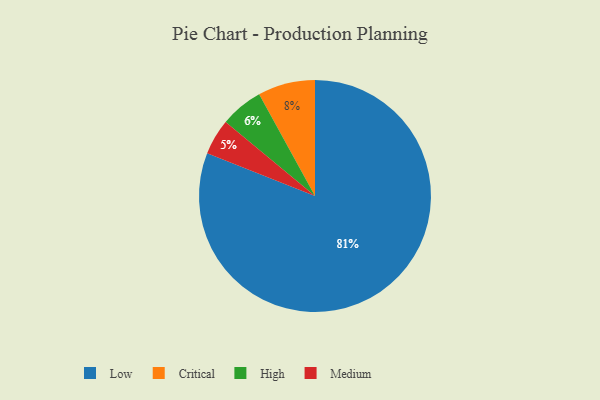
{"axis": {"x": "Category", "y": "Percentage"}, "legend": ["Critical", "High", "Low", "Medium"], "data": [{"x": "Medium", "y": 5, "type": "Medium"}, {"x": "Critical", "y": 8, "type": "Critical"}, {"x": "High", "y": 6, "type": "High"}, {"x": "Low", "y": 81, "type": "Low"}]}